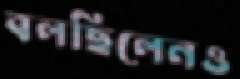
বলছিলেনও